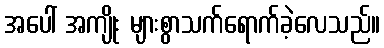
အပေါ် အကျိုး များစွာသက်ရောက်ခဲ့လေသည်။